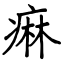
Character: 痳